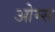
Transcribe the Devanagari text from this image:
ओम्स